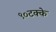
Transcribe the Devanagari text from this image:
९०टक्के